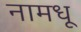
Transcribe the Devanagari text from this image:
नामधू